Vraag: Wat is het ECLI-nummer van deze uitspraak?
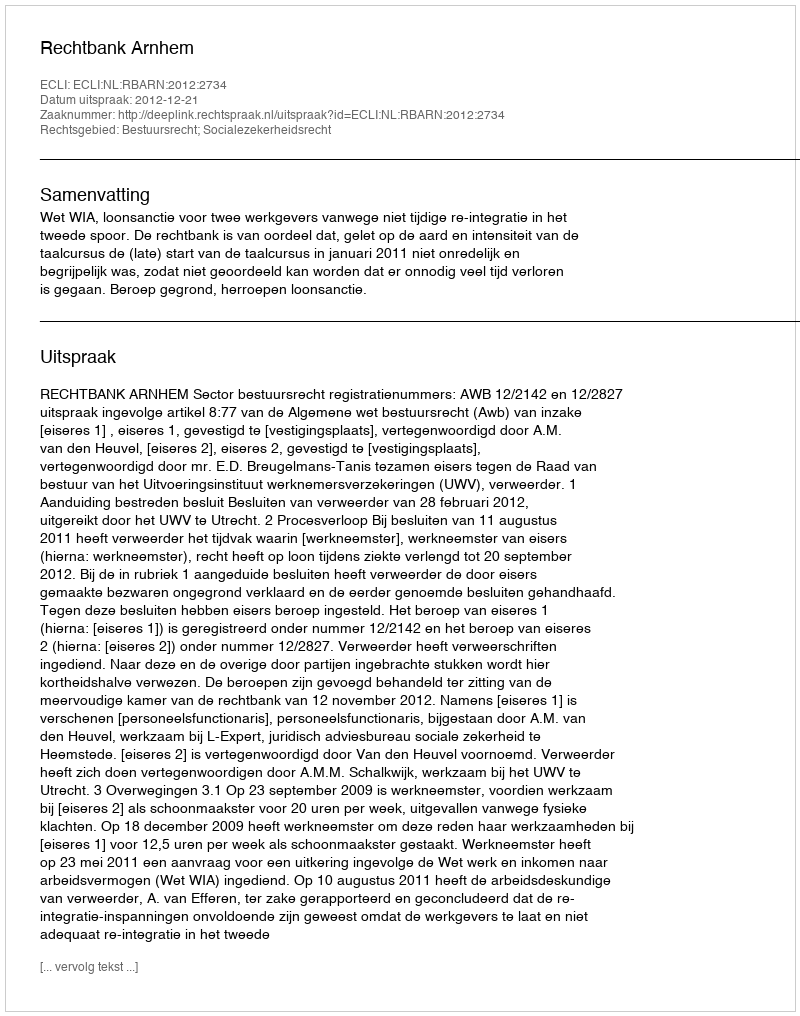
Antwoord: ECLI:NL:RBARN:2012:2734